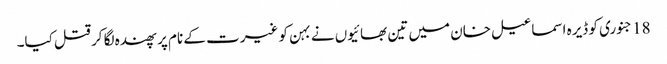
18 جنوری کو ڈیرہ اسماعیل خان میں تین بھائیوں نے بہن کو غیرت کے نام پر پھندہ لگا کر قتل کیا۔